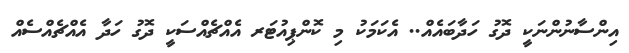
އިންސާނުންނަކީ ދޮގު ހަދާބައެއް.. އެކަމަކު މި ކޮންޕިއުޓަރ އެއްޗެއްސަކީ ދޮގު ހަދާ އެއްޗެއްސެއް